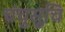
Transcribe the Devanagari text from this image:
चंचुसूचि